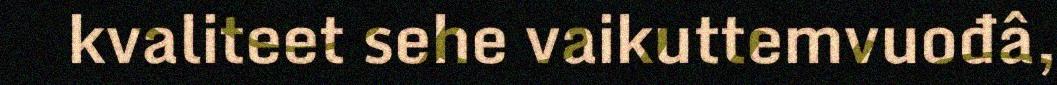
kvaliteet sehe vaikuttemvuođâ,